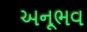
અનૂભવ